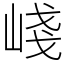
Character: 㟞